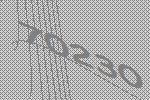
70230